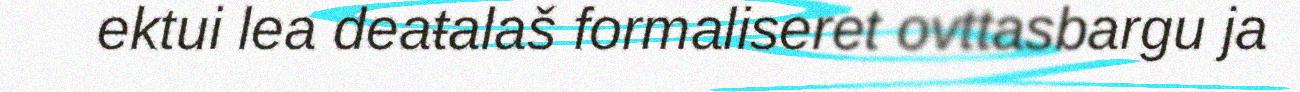
ektui lea deaŧalaš formaliseret ovttasbargu ja